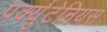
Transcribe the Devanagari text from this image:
पर्क्युटेनियस